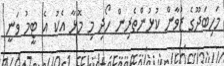
މަހިބަދޫގެ ޒުވާން ކުޅުންތެރިން ހޯދި މި މޮޅާ އެކު އެ ޓީމު ވަނީ